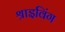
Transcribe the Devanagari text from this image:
श्राइविंग